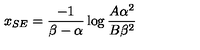
{ x _ { S E } = { \frac { - 1 } { \beta - \alpha } } \log { \frac { A { \alpha } ^ { 2 } } { B { \beta } ^ { 2 } } } }